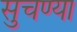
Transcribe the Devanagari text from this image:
सुचण्या